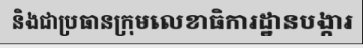
និងជាប្រធានក្រុមលេខាធិការដ្ឋានបង្ការ